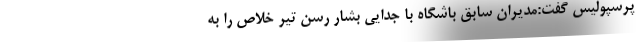
پرسپولیس گفت:مدیران سابق باشگاه با جدایی بشار رسن تیر خلاص را به